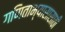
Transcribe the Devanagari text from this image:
गणिताभ्यासासाठी